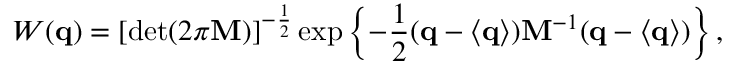
{ \cal W } ( { \bf q } ) = \left[ \operatorname * { d e t } ( 2 \pi { \bf M } ) \right] ^ { - \frac 1 2 } \exp \left\{ - \frac 1 2 ( { \bf q } - \langle { \bf q } \rangle ) { \bf M } ^ { - 1 } ( { \bf q } - \langle { \bf q } \rangle ) \right\} ,